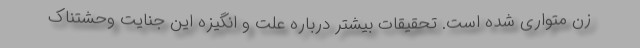
زن متواری شده است. تحقیقات بیشتر درباره علت و انگیزه این جنایت وحشتناک